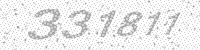
Solution: 331811